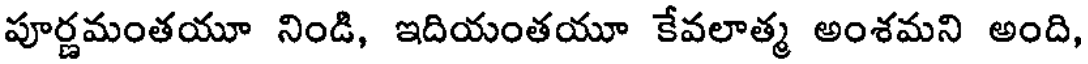
పూర్ణమంతయూ నిండి, ఇదియంతయూ కేవలాత్మ అంశమని అంది,